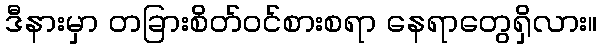
ဒီနားမှာ တခြားစိတ်ဝင်စားစရာ နေရာတွေရှိလား။